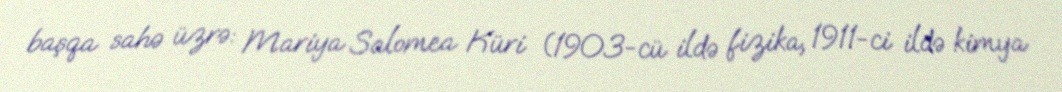
başqa sahə üzrə: Mariya Salomea Küri (1903-cü ildə fizika, 1911-ci ildə kimya